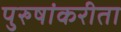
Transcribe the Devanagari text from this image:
पुरुषांकरीता